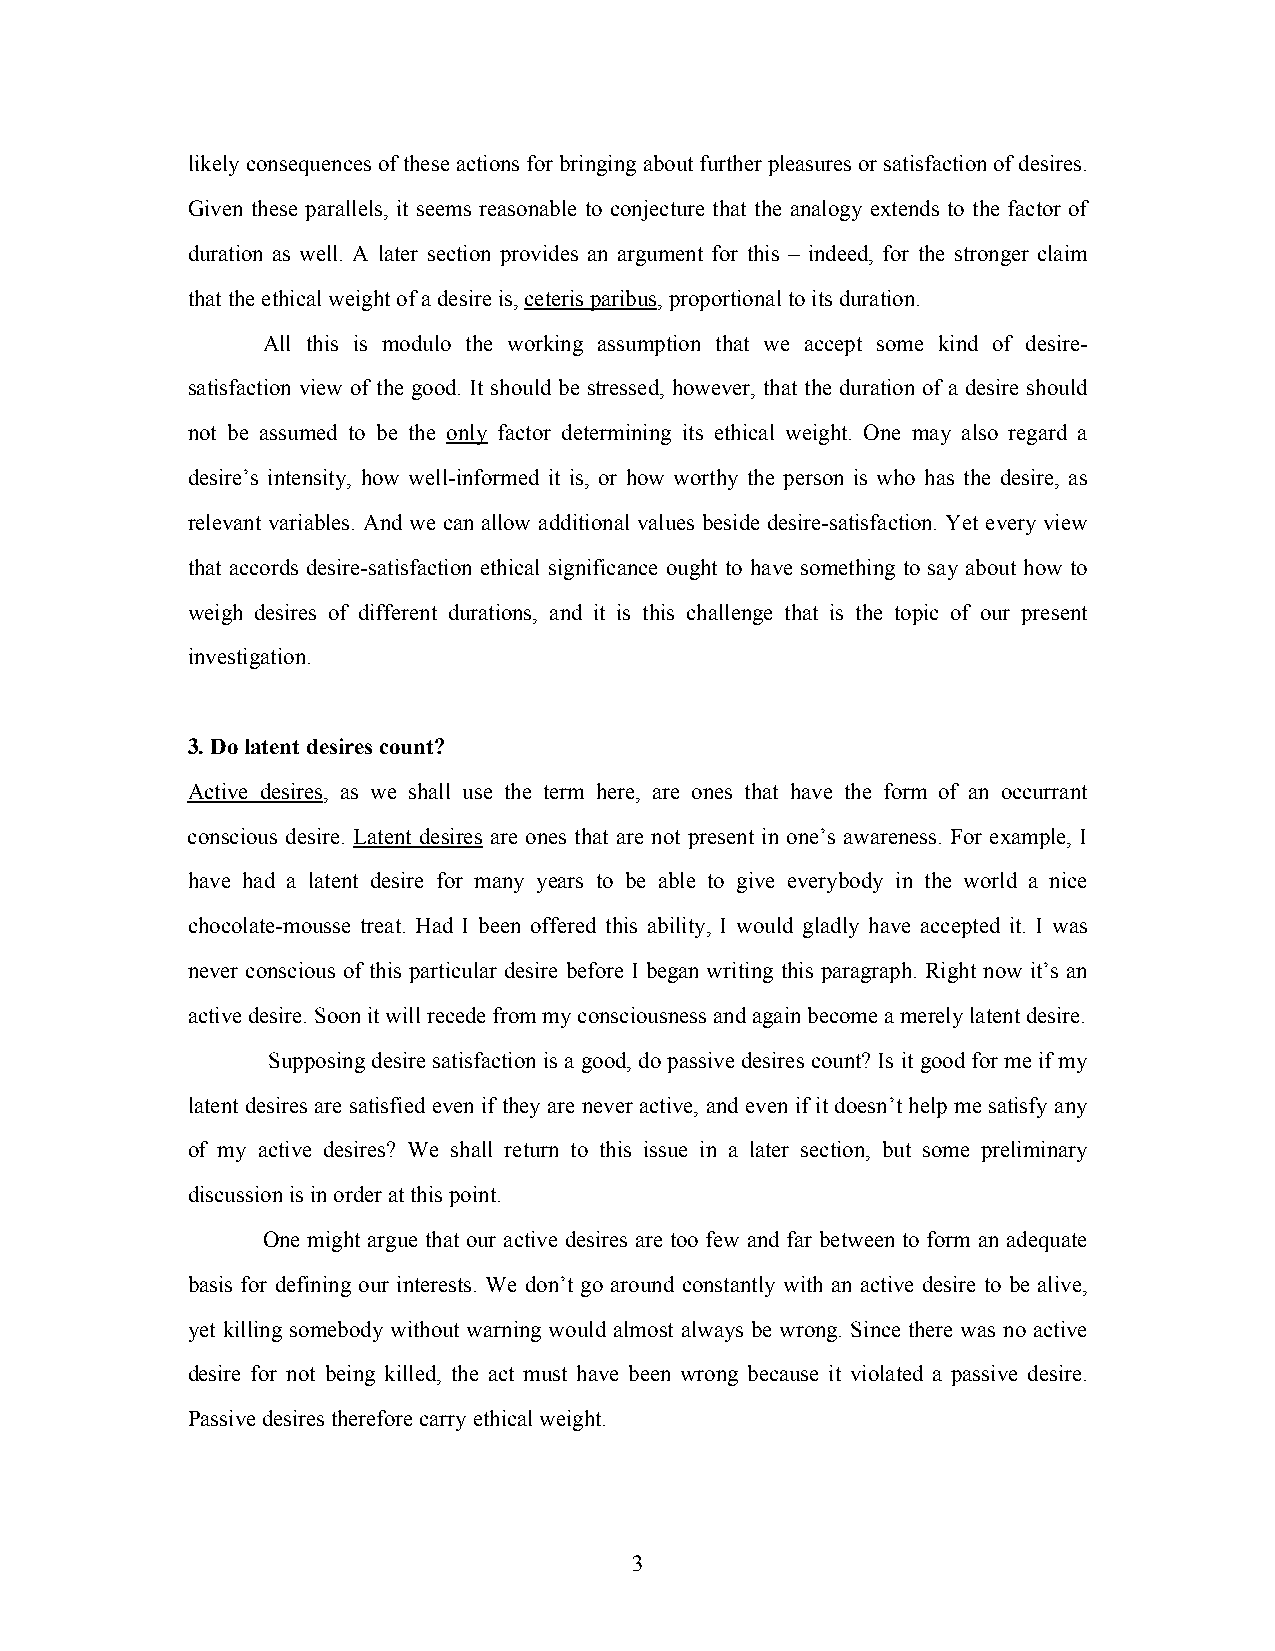
likely consequences of these actions for bringing about further pleasures or satisfaction of desires.
 Given these parallels, it seems reasonable to conjecture that the analogy extends to the factor of
 duration as well. A later section provides an argument for this – indeed, for the stronger claim
 that the ethical weight of a desire is, ceteris paribus, proportional to its duration.
 All this is modulo the working assumption that we accept some kind of desire-
 satisfaction view of the good. It should be stressed, however, that the duration of a desire should
 not be assumed to be the only factor determining its ethical weight. One may also regard a
 desire’s intensity, how well-informed it is, or how worthy the person is who has the desire, as
 relevant variables. And we can allow additional values beside desire-satisfaction. Yet every view
 that accords desire-satisfaction ethical significance ought to have something to say about how to
 weigh desires of different durations, and it is this challenge that is the topic of our present
 investigation.
 3. Do latent desires count?
 Active desires, as we shall use the term here, are ones that have the form of an occurrant
 conscious desire. Latent desires are ones that are not present in one’s awareness. For example, I
 have had a latent desire for many years to be able to give everybody in the world a nice
 chocolate-mousse treat. Had I been offered this ability, I would gladly have accepted it. I was
 never conscious of this particular desire before I began writing this paragraph. Right now it’s an
 active desire. Soon it will recede from my consciousness and again become a merely latent desire.
 Supposing desire satisfaction is a good, do passive desires count? Is it good for me if my
 latent desires are satisfied even if they are never active, and even if it doesn’t help me satisfy any
 of my active desires? We shall return to this issue in a later section, but some preliminary
 discussion is in order at this point.
 One might argue that our active desires are too few and far between to form an adequate
 basis for defining our interests. We don’t go around constantly with an active desire to be alive,
 yet killing somebody without warning would almost always be wrong. Since there was no active
 desire for not being killed, the act must have been wrong because it violated a passive desire.
 Passive desires therefore carry ethical weight.
 3